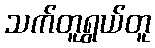
သက်တူရွယ်တူ